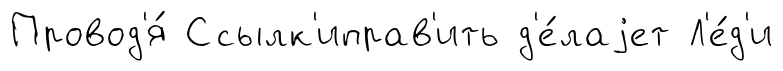
Провод'я́ Ссылк'иправ'ить д'е́лаjет Л'е́д'и